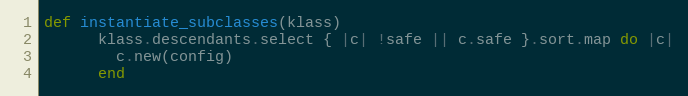
Language: Ruby
def instantiate_subclasses(klass)
      klass.descendants.select { |c| !safe || c.safe }.sort.map do |c|
        c.new(config)
      end